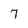
Character: 7